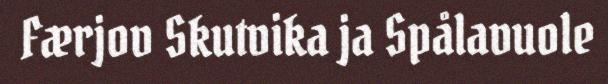
Færjov Skutvika ja Spålavuole